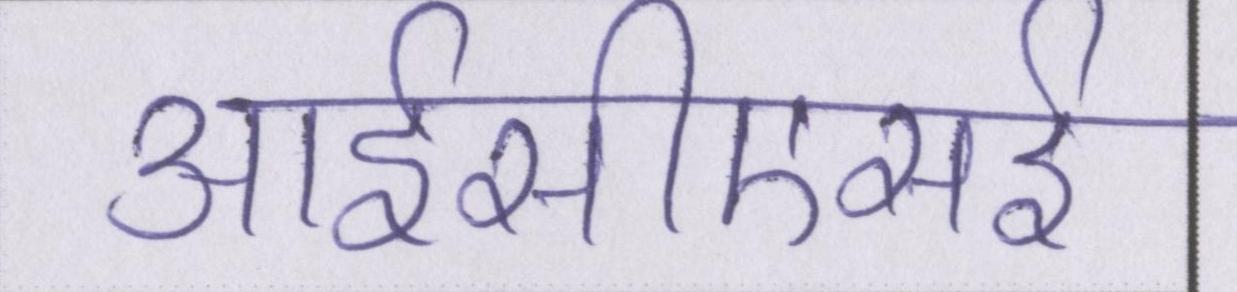
आईसीएसई